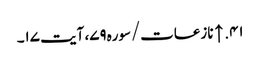
۴۱. ↑ نازعات/سوره۷۹، آیت ۱۷۔